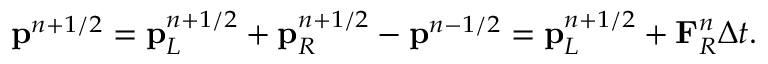
\mathbf { p } ^ { n + 1 / 2 } = \mathbf { p } _ { L } ^ { n + 1 / 2 } + \mathbf { p } _ { R } ^ { n + 1 / 2 } - \mathbf { p } ^ { n - 1 / 2 } = \mathbf { p } _ { L } ^ { n + 1 / 2 } + \mathbf { F } _ { R } ^ { n } \Delta t .